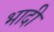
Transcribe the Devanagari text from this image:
भादी